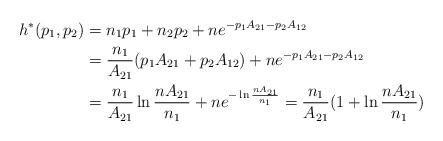
LaTeX: \begin{align*}h^*(p_1,p_2)&=n_1p_1+n_2p_2+ne^{-p_1A_{21}-p_2A_{12}}\\&=\frac{n_1}{A_{21}}(p_1A_{21}+p_2A_{12})+ne^{-p_1A_{21}-p_2A_{12}}\\&=\frac{n_1}{A_{21}}\ln \frac{nA_{21}}{n_1}+ne^{-\ln \frac{nA_{21}}{n_1}}=\frac{n_1}{A_{21}}(1+\ln \frac{nA_{21}}{n_1})\\\end{align*}